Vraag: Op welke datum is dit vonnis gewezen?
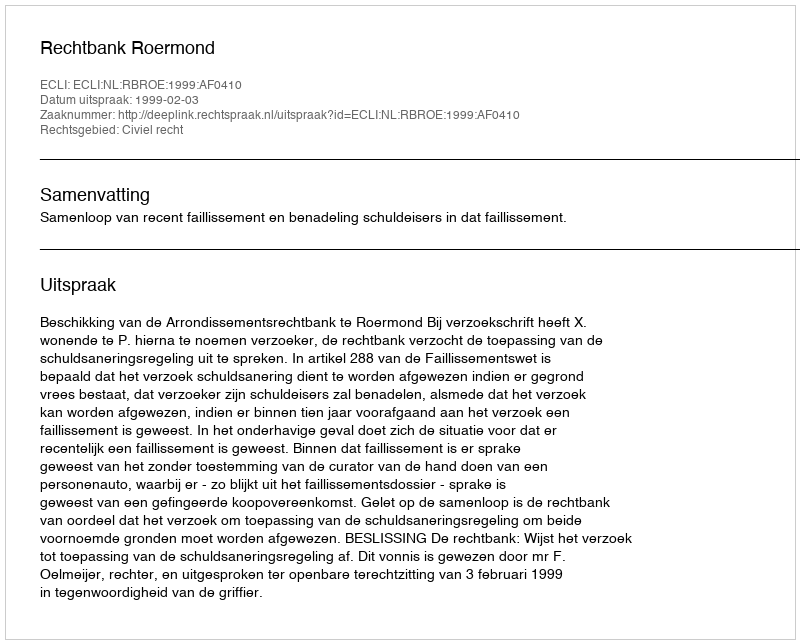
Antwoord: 1999-02-03